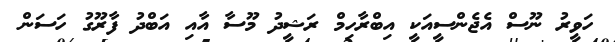
ހަވީރު ނޫސް އެޖެންސީއަކީ އިބްރާހިމް ރަޝީދު މޫސާ އާއި އަބްދު ފާރޫގު ހަސަން